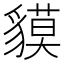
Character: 貘